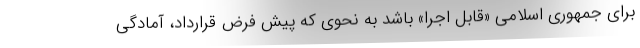
برای جمهوری اسلامی «قابل اجرا» باشد به نحوی که پیش فرض قرارداد، آمادگی